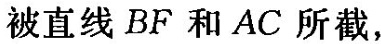
被直线BF和AC所截，